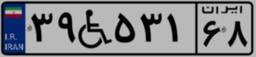
۳۹W۵۳۱۶۸